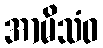
အာမိသံဝ